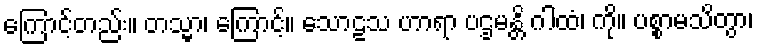
ကြောင့်တည်း။ တသ္မာ၊ ကြောင့်။ သောဠသ ဟာရာ ပဌမန္တိ ဂါထံ၊ ကို။ ပစ္စာမသိတွာ၊